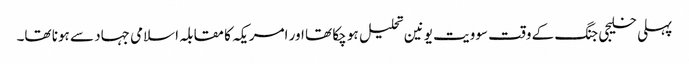
پہلی خلیجی جنگ کے وقت سوویت یونین تحلیل ہو چکا تھا اور امریکہ کا مقابلہ اسلامی جہاد سے ہونا تھا۔